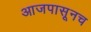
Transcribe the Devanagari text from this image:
आजपासूनच